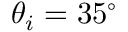
\theta _ { i } = 3 5 ^ { \mathrm { \circ } }